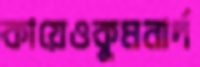
কায়েওকুমনার্দ